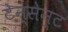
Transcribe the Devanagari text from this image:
टेन्सेन्ट